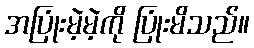
အပြုံးမဲ့မဲ့ကို ပြုံးမိသည်။